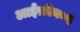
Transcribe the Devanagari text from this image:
आईफ़ोन०६